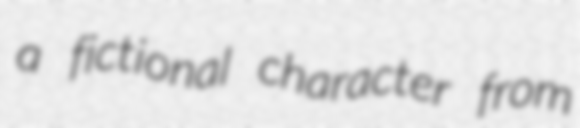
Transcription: a fictional character from